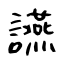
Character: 讌